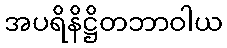
အပရိနိဋ္ဌိတဘာဝါယ